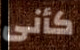
كأنى